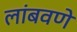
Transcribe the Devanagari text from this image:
लांबवणे